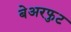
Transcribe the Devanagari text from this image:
बेअरफुट